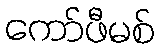
ကော်ဖီမစ်